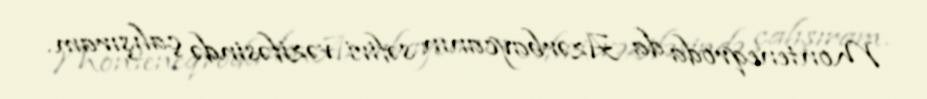
Monteneqroda da Azərbaycanın səfiri vəzifəsində çalışıram.